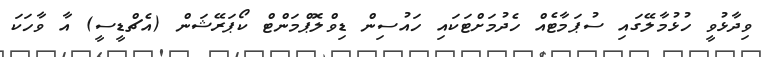
ވިދާޅުވީ ހުޅުމާލޭގައި ސުޕަމާޓެއް ހެދުމަށްޓަކައި ހައުސިން ޑިވްލޮޕްމަންޓް ކޯޕަރޭޝަން (އެޗްޑީސީ) އާ ވާހަކަ